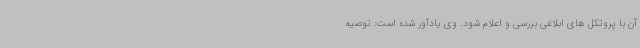
آن با پروتکل های ابلاغی بررسی و اعلام شود. وی یادآور شده است: توصیه